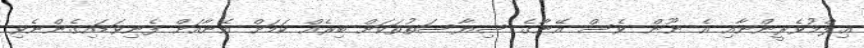
ޢިލްމުވެރީންނާއި އެ ނޫން ވެސް އޭނާގެ ސިޔާސަތުތަކަށް ބިރެއް ކަމަށް އޭނާއަށް ފެނިވަޑައިގެންނެވި